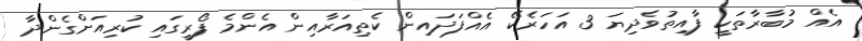
އެއް މުބާރާތަކީ ފާއިތުވެދިޔަ 3 އަހަރެކޭ އެއްފަދައިން ކެތިއަރާއިން އެންމެ ފޯރީގައި ކުރިއަށްގެންދާ